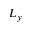
L _ { y }